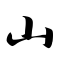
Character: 山